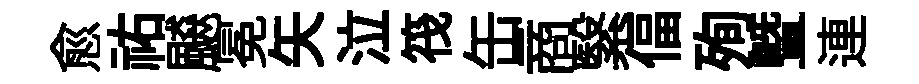
愈祐飇冕矢泣筏缶商繄偪殉暨連